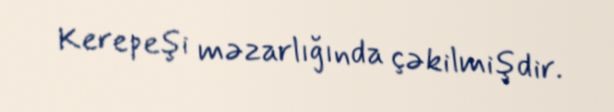
Kerepeşi məzarlığında çəkilmişdir.